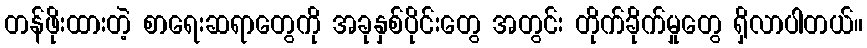
တန်ဖိုးထားတဲ့ စာရေးဆရာတွေကို အခုနှစ်ပိုင်းတွေ အတွင်း တိုက်ခိုက်မှုတွေ ရှိလာပါတယ်။